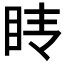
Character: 𰥕